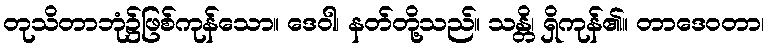
တုသိတာဘုံ၌ဖြစ်ကုန်သော။ ဒေဝါ၊ နတ်တို့သည်။ သန္တိ၊ ရှိကုန်၏။ တာဒေဝတာ၊